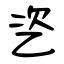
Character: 乲